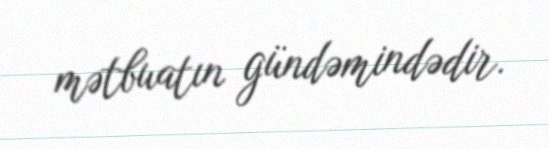
mətbuatın gündəmindədir.